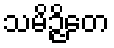
သမိဉ္ဇိတေ